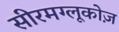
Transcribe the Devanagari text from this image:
सीरमग्लूकोज़